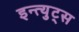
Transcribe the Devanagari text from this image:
इन्त्युट्स